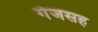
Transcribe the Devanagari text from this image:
गेजसह